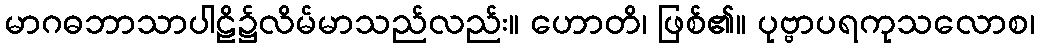
မာဂဓဘာသာပါဠိ၌လိမ်မာသည်လည်း။ ဟောတိ၊ ဖြစ်၏။ ပုဗ္ဗာပရကုသလောစ၊